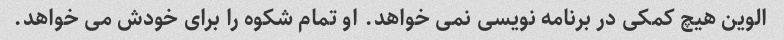
الوین هیچ کمکی در برنامه نویسی نمی خواهد. او تمام شکوه را برای خودش می خواهد.